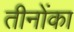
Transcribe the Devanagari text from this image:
तीनोंका